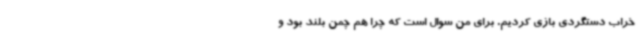
خراب دستگردی بازی کردیم. برای من سوال است که چرا هم چمن بلند بود و